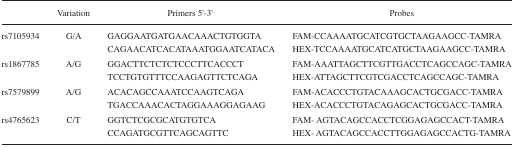
|  | Variation | Primers 5′-3′ | Probes |
 | --- | --- | --- | --- |
 | <ROWSPAN=2> rs7105934 | <ROWSPAN=2> G/A | GAGGAATGATGAACAAACTGTGGTA | FAM-CCAAAATGCATCGTGCTAAGAAGCC-TAMRA |
 | CAGAACATCACATAAATGGAATCATACA | HEX-TCCAAAATGCATCATGCTAAGAAGCC-TAMRA |
 | <ROWSPAN=2> rs1867785 | <ROWSPAN=2> A/G | GGACTTCTCTCTCCCTTCACCCT | FAM-AAATTAGCTTCGTTGACCTCAGCCAGC-TAMRA |
 | TCCTGTGTTTCCAAGAGTTCTCAGA | HEX-ATTAGCTTCGTCGACCTCAGCCAGC-TAMRA |
 | <ROWSPAN=2> rs7579899 | <ROWSPAN=2> A/G | ACACAGCCAAATCCAAGTCAGA | FAM-ACACCCTGTACAAAGCACTGCGACC-TAMRA |
 | TGACCAAACACTAGGAAAGGAGAAG | HEX-ACACCCTGTACAGAGCACTGCGACC-TAMRA |
 | <ROWSPAN=2> rs4765623 | <ROWSPAN=2> C/T | GGTCTCGCGCATGTGTCA | FAM- AGTACAGCCACCTCGGAGAGCCACT-TAMRA |
 | CCAGATGCGTTCAGCAGTTC | HEX- AGTACAGCCACCTTGGAGAGCCACTG-TAMRA |